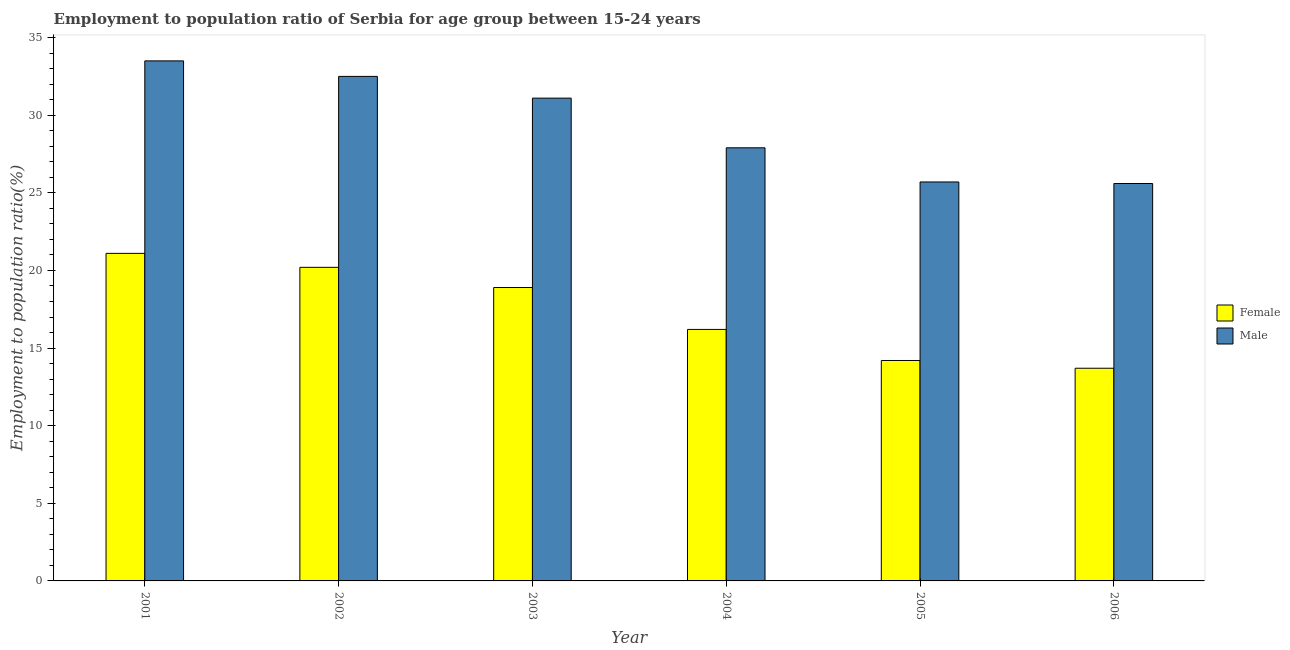
| Year | Female | Male |
 | --- | --- | --- |
 | 2001 | 21.1 | 33.5 |
 | 2002 | 20.2 | 32.5 |
 | 2003 | 18.9 | 31.1 |
 | 2004 | 16.2 | 27.9 |
 | 2005 | 14.2 | 25.7 |
 | 2006 | 13.7 | 25.6 |